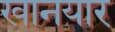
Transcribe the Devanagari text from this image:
खानयार